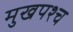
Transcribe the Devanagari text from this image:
मुखपश्च